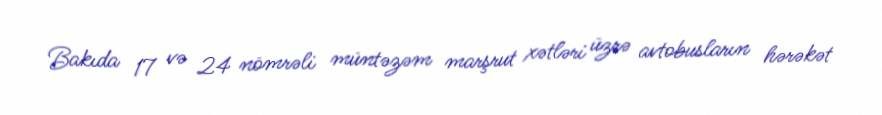
Bakıda 17 və 24 nömrəli müntəzəm marşrut xətləri üzrə avtobusların hərəkət